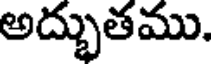
అద్భుతము.